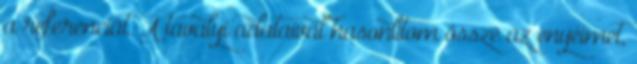
a referenciát. A tavalyi adataival hasonlítom össze az enyéimet,